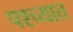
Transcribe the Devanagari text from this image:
पश्‍च्यात